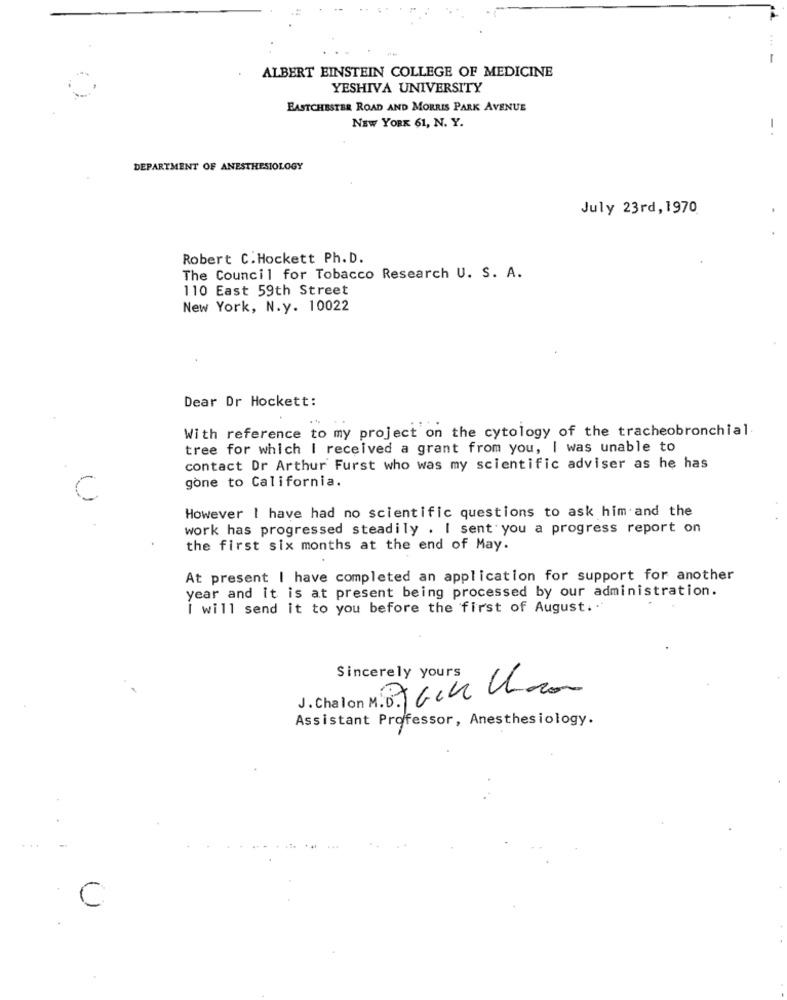
ALBERT EINSTEIN COLLEGE OF MEDICINE
YESHIVA UNIVERSITY
EASTCHESTER ROAD AND MORRIS PARK AVENUE
NEW YORK 61, N. Y.
DEPARTMENT OF ANESTHESIOLOGY
July 23rd, 1970
Robert C.Hockett Ph. D.
The Council for Tobacco Research U. S. A.
110 East 59th Street
New York, N.y. 10022
Dear Dr Hockett:
With reference to my project on the cytology of the tracheobronchial
tree for which I received a grant from you, I was unable to
contact Dr Arthur Furst who was my scientific adviser as he has
gone to California.
However I have had no scientific questions to ask him and the
work has progressed steadily . I sent you a progress report on
the first six months at the end of May.
At present I have completed an application for support for another
year and it is at present being processed by our administration.
I will send it to you before the first of August ..
Sincerely yours
V. Chalon M.D. Tack Choco
Assistant Professor, Anesthesiology.
...
C